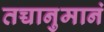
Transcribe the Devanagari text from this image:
तच्चानुमानं